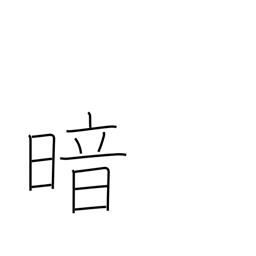
Meaning: be blinded